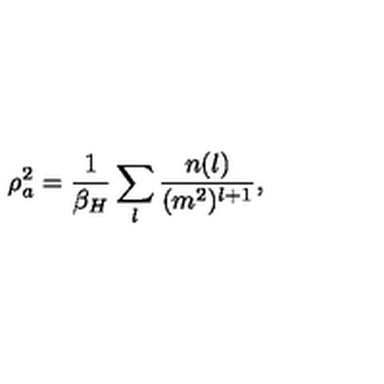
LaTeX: \rho _ { a } ^ { 2 } = { \frac { 1 } { \beta _ { H } } } \sum _ { l } { \frac { n ( l ) } { ( m ^ { 2 } ) ^ { l + 1 } } } ,